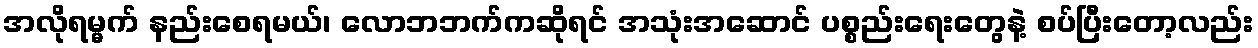
အလိုရမ္မက် နည်းစေရမယ်၊ လောဘဘက်ကဆိုရင် အသုံးအဆောင် ပစ္စည်းရေးတွေနဲ့ စပ်ပြီးတော့လည်း